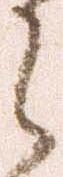
之